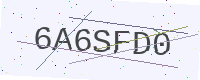
Text: 6A6SFD0